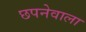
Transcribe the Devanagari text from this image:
छपनेवाला